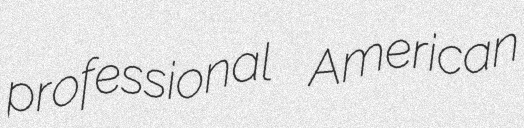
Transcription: professional American